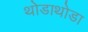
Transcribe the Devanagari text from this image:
थोडाथोडा